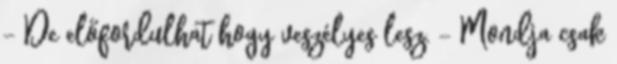
- De előfordulhat hogy veszélyes lesz. - Mondja csak